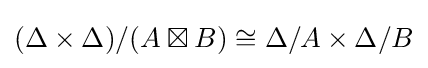
(\Delta \times \Delta )/(A\boxtimes B)\cong \Delta /A\times \Delta /B